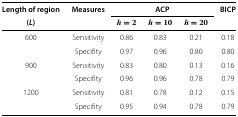
| Length of region | Measures | <COLSPAN=3> ACP | BICP |
 | (L) |  | h=2 | h=10 | h=20 |  |
 | --- | --- | --- | --- | --- | --- |
 | 600 | Sensitivity | 0.86 | 0.83 | 0.21 | 0.18 |
 |  | Specifity | 0.97 | 0.96 | 0.80 | 0.80 |
 | 900 | Sensitivity | 0.83 | 0.80 | 0.13 | 0.16 |
 |  | Specifity | 0.96 | 0.96 | 0.78 | 0.79 |
 | 1200 | Sensitivity | 0.81 | 0.78 | 0.12 | 0.15 |
 |  | Specifity | 0.95 | 0.94 | 0.78 | 0.79 |